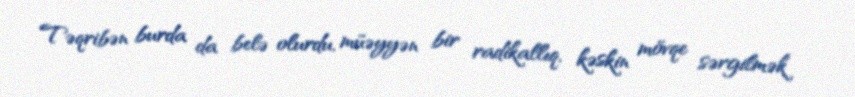
Təqribən burda da belə olurdu, müəyyən bir radikallıq, kəskin mövqe sərgilmək